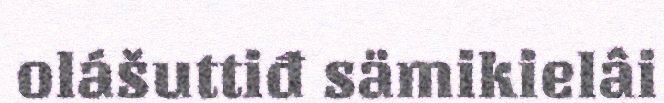
olášuttiđ sämikielâi